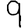
Digit: 9